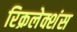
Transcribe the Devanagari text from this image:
रिक्रलेक्शंस